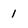
Character: I